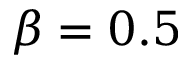
\beta = 0 . 5